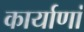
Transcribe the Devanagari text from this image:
कार्याणां